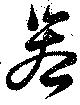
器